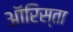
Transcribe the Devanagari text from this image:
ऑरिस्ता